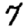
Digit: 7